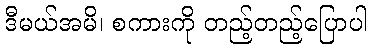
ဒီမယ်အမိ၊ စကားကို တည့်တည့်ပြောပါ